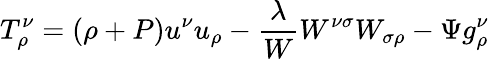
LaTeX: T_{\rho}^{\nu}=\left(\rho+P\right)u^{\nu}u_{\rho}-\frac\lambda WW^{\nu\sigma}W_{\sigma\rho}-\Psi g_{\rho}^{\nu}